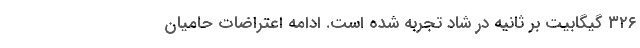
۳۲۶ گیگابیت بر ثانیه در شاد تجربه‌ شده است. ادامه اعتراضات حامیان